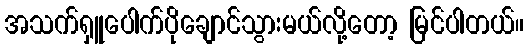
အသက်ရှူပေါက်ပိုချောင်သွားမယ်လို့တော့ မြင်ပါတယ်။